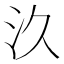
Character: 汣